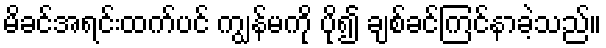
မိခင်အရင်းထက်ပင် ကျွန်မကို ပို၍ ချစ်ခင်ကြင်နာခဲ့သည်။